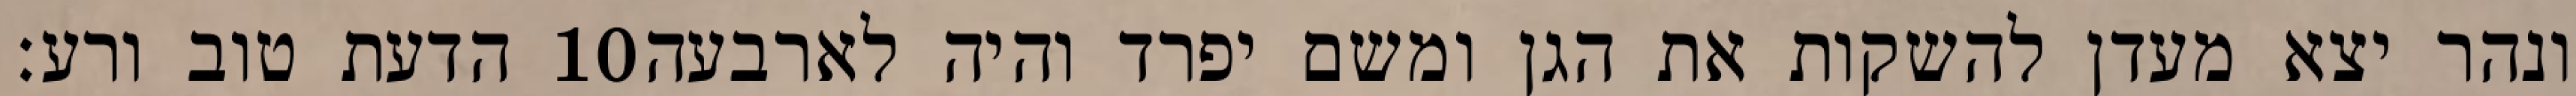
הדעת טוב ורע׃ ‎10‏ ונהר יצא מעדן להשקות את הגן ומשם יפרד והיה לארבעה